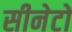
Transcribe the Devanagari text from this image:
सीनेटों